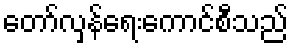
တော်လှန်ရေးကောင်စီသည်